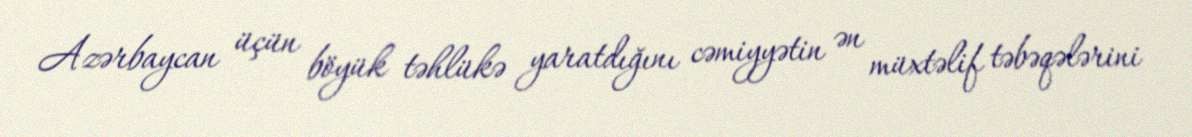
Azərbaycan üçün böyük təhlükə yaratdığını cəmiyyətin ən müxtəlif təbəqələrini